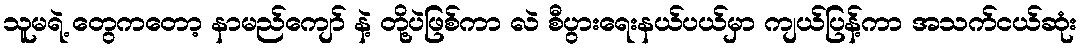
သူမရဲ့ တွေကတော့ နာမည်ကျော် နဲ့ တို့ပဲဖြစ်ကာ လဲ စီပွားရေးနယ်ပယ်မှာ ကျယ်ပြန့်ကာ အသက်ငယ်ဆုံး